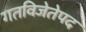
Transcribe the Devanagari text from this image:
गतविजेतेपद